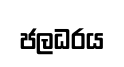
ජලධරය